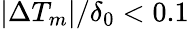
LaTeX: |\Delta T_{m}|/\delta_{0}<0.1